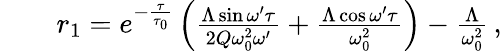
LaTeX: \begin{array}{rlr}&{}&{r_{1}=e^{-\frac{\tau}{\tau_{0}}}\left(\frac{\Lambda\sin{\omega^{\prime}\tau}}{2Q\omega_{0}^{2}\omega^{\prime}}+\frac{\Lambda\cos{\omega^{\prime}\tau}}{\omega_{0}^{2}}\right)-\frac{\Lambda}{\omega_{0}^{2}}\, ,}\end{array}